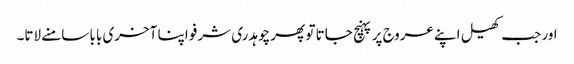
اور جب کھیل اپنے عروج پر پہنچ جاتا تو پھر چوہدری شرفو اپنا آخری بابا سامنے لاتا۔